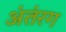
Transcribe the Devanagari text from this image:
अंतंरग